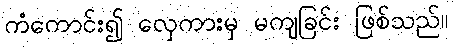
ကံကောင်း၍ လှေကားမှ မကျခြင်း ဖြစ်သည်။